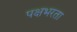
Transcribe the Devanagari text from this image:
पक्षभरता